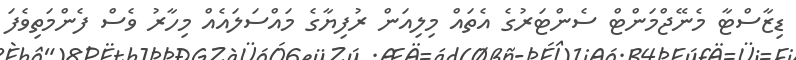
ޑިޒާސްޓާ މެނޭޖްމަންޓް ސެންޓަރުގެ އެތައް މިލިއަން ރުފިޔާގެ މައްސަލައެއް މިހާރު ވެސް ފެންމަތިވެފަ